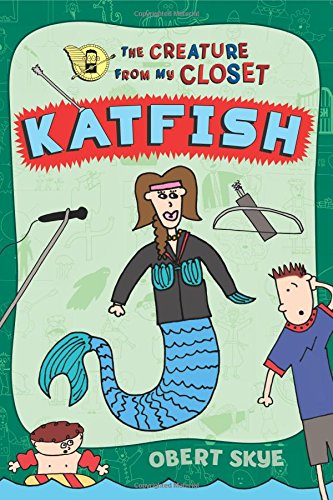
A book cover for Katfish (The Creature from My Closet); Obert Skye; Children's Books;